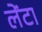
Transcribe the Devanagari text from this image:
लेंटा